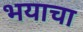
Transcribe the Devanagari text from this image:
भयाचा